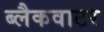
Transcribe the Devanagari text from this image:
ब्लैकवाटर